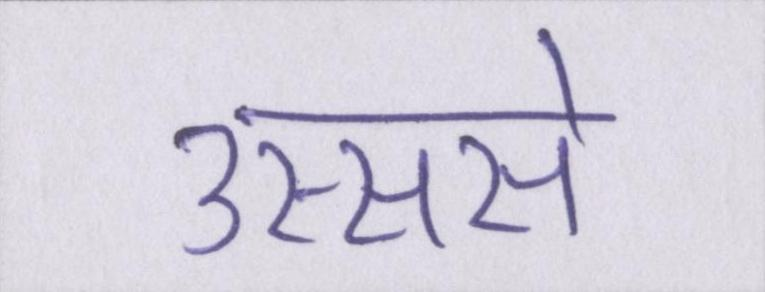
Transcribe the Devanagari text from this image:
उस्ससे